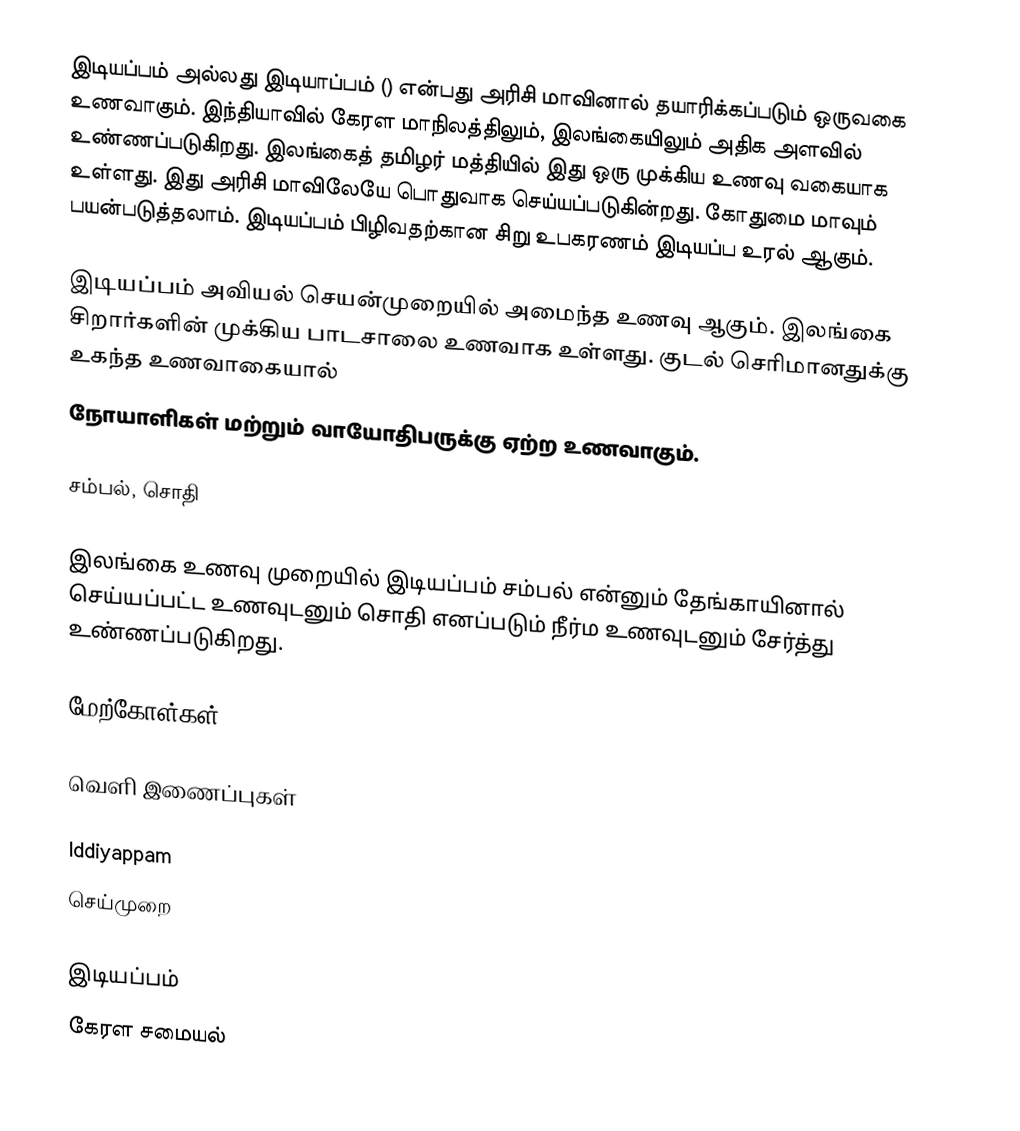
இடியப்பம் அல்லது இடியாப்பம் () என்பது அரிசி மாவினால் தயாரிக்கப்படும் ஒருவகை உணவாகும். இந்தியாவில் கேரள மாநிலத்திலும், இலங்கையிலும் அதிக அளவில் உண்ணப்படுகிறது. இலங்கைத் தமிழர் மத்தியில் இது ஒரு முக்கிய உணவு வகையாக உள்ளது. இது அரிசி மாவிலேயே பொதுவாக செய்யப்படுகின்றது. கோதுமை மாவும் பயன்படுத்தலாம். இடியப்பம் பிழிவதற்கான சிறு உபகரணம் இடியப்ப உரல் ஆகும்.

இடியப்பம் அவியல் செயன்முறையில் அமைந்த உணவு ஆகும். இலங்கை சிறார்களின் முக்கிய பாடசாலை உணவாக உள்ளது.  குடல் செரிமானதுக்கு உகந்த உணவாகையால்
நோயாளிகள் மற்றும் வாயோதிபருக்கு ஏற்ற உணவாகும்.

சம்பல், சொதி

இலங்கை உணவு முறையில் இடியப்பம் சம்பல் என்னும் தேங்காயினால் செய்யப்பட்ட உணவுடனும் சொதி எனப்படும் நீர்ம உணவுடனும் சேர்த்து உண்ணப்படுகிறது.

மேற்கோள்கள்

வெளி இணைப்புகள்

 Iddiyappam
 செய்முறை

இடியப்பம்
கேரள சமையல்